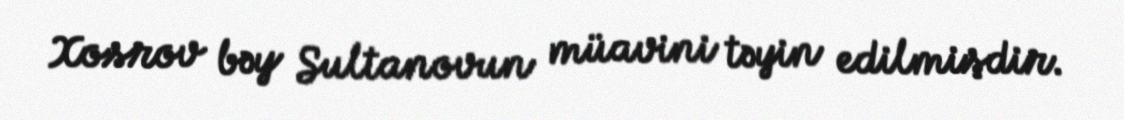
Xosrov bəy Sultanovun müavini təyin edilmişdir.